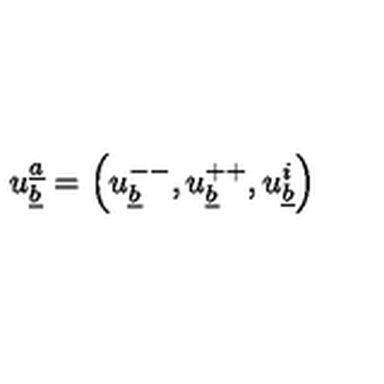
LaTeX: u _ { \underline { b } } ^ { \underline { a } } = \left( u _ { \underline { b } } ^ { -- } , u _ { \underline { b } } ^ { + + } , u _ { \underline { b } } ^ { i } \right)